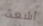
أشعة